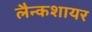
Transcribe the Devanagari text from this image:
लैन्कशायर